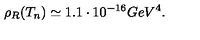
\rho _ { R } ( T _ { n } ) \simeq 1 . 1 \cdot 1 0 ^ { - 1 6 } G e V ^ { 4 } .